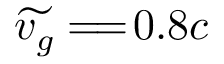
\widetilde { v _ { g } } = \! = \! 0 . 8 c